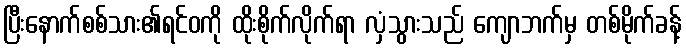
ပြီးနောက်စစ်သား၏ရင်ဝကို ထိုးစိုက်လိုက်ရာ လှံသွားသည် ကျောဘက်မှ တစ်မိုက်ခန့်